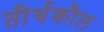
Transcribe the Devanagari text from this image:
तीर्थकौल